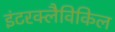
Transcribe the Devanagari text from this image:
इंटरक्लैविकिल